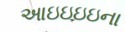
આઇઇઇઇના